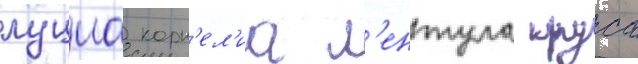
луциа корн'ел'иа л'ентула круса